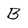
Character: B